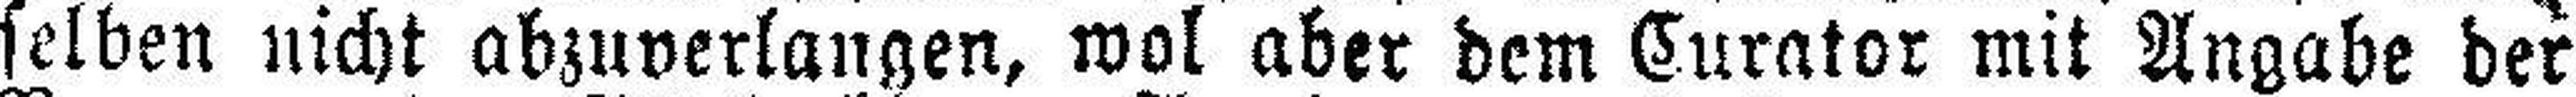
selben nicht abzuverlangen, wol aber dem Curator mit Angabe der